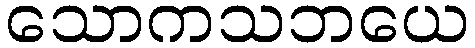
သောကသဘယေ